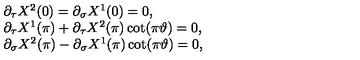
\begin{array} { l } { \partial _ { \tau } X ^ { 2 } ( 0 ) = \partial _ { \sigma } X ^ { 1 } ( 0 ) = 0 , } \\ { \partial _ { \tau } X ^ { 1 } ( \pi ) + \partial _ { \tau } X ^ { 2 } ( \pi ) \cot ( \pi \vartheta ) = 0 , } \\ { \partial _ { \sigma } X ^ { 2 } ( \pi ) - \partial _ { \sigma } X ^ { 1 } ( \pi ) \cot ( \pi \vartheta ) = 0 , } \\ \end{array}